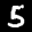
Label: 5